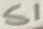
Text: S1